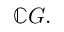
\mathbb { C } G .